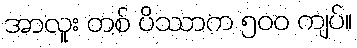
အာလူး တစ် ပိဿာက ၅၀၀ ကျပ်။